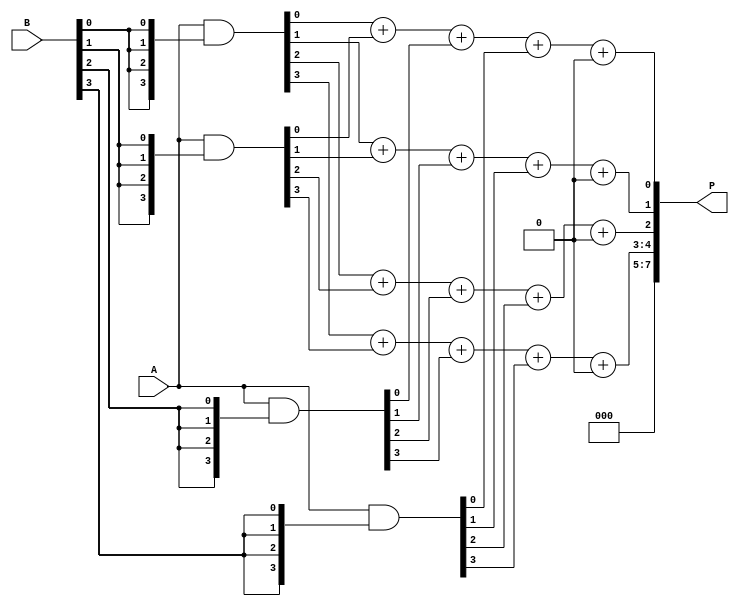
module wallace_tree_multiplier #(parameter N = 4) (
    input [N-1:0] A,
    input [N-1:0] B,
    output reg [2*N-1:0] P
);

// Internal signals for partial products
wire [N-1:0] pp[N-1:0]; // Partial products
reg [N-1:0] sum[N-1:0]; // Sums at each stage
reg [N:0] carry[N-1:0];  // Carries at each stage

// Generate partial products
generate
    genvar i, j;
    for (i = 0; i < N; i = i + 1) begin : pp_gen
        assign pp[i] = A & {N{B[i]}};
    end
endgenerate

// Wallace tree reduction logic (2 stages for this 4-bit multiplier)
integer stage, row;
always @* begin
    // Initialize sum and carry
    for (row = 0; row < N; row = row + 1) begin
        sum[row] = 0;
        carry[row] = 0;
    end

    // Stage 1: Combine partial products
    for (row = 0; row < N; row = row + 1) begin
        if (row < N) begin
            {carry[row], sum[row]} = pp[0][row] + pp[1][row] + pp[2][row] + pp[3][row];
        end
    end

    // Stage 2: Final addition
    P = 0;
    for (row = 0; row < N; row = row + 1) begin
        {P[row+1], P[row]} = sum[row] + carry[row];
    end
end

endmodule